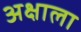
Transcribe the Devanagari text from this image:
अक्षाला